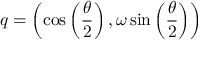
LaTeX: q = \left( \cos \left( { \frac { \theta } { 2 } } \right) , \omega \sin \left( { \frac { \theta } { 2 } } \right) \right)